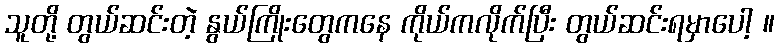
သူတို့ တွယ်ဆင်းတဲ့ နွယ်ကြိုးတွေကနေ ကိုယ်ကလိုက်ပြီး တွယ်ဆင်းရမှာပေါ့ ။